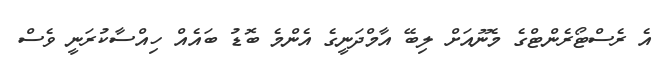
އެ ރެސްޓޯރެންޓްގެ މެނޫއަށް ލިބޭ އާމްދަނީގެ އެންމެ ބޮޑު ބައެއް ހިއްސާކުރަނީ ވެސް